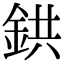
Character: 鉷